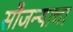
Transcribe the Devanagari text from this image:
सौजन्याचा